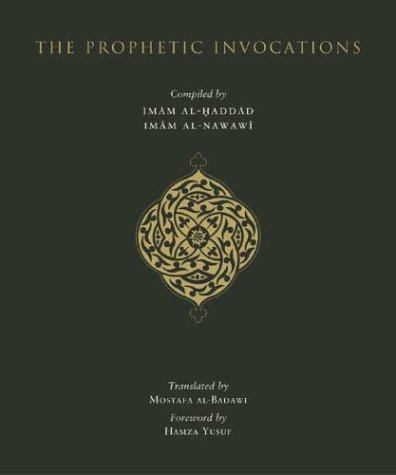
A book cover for The Prophetic Invocations : 2nd Edition With Audio CD; Religion & Spirituality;